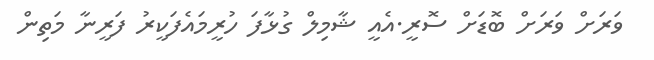
ވަރަށް ވަރަށް ބޮޑަށް ސޮރީ.އެއީ ޝާމިލް ގުޅާފަ ހުރީމައެފަކީރު ފަރީނާ މަތިން